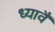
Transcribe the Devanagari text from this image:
ध्यावै